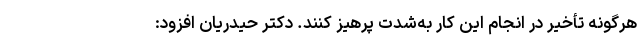
هرگونه تأخیر در انجام این کار به‌شدت پرهیز کنند. دکتر حیدریان افزود: